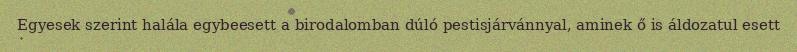
Egyesek szerint halála egybeesett a birodalomban dúló pestisjárvánnyal, aminek ő is áldozatul esett